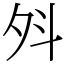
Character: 斘